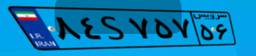
۸۴S۷۵۷۵۶